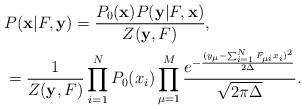
LaTeX: \begin{align*}&P({\bf x} |F, {\bf y})= \frac{P_0({\bf x}) P({\bf y} |F, {\bf x}) }{Z({\bf y},F)},\\&= \frac{1}{Z({\bf y},F)}\prod_{i=1}^N P_0( x_i)\prod_{\mu=1}^M \frac{e^{-\frac{(y_\mu - \sum_{i=1}^N F_{\mu i}x_i)^2}{2\Delta}}}{\sqrt{2\pi \Delta}}.\end{align*}